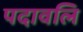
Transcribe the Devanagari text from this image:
पदावलि